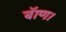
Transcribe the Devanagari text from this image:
बॅाण।